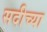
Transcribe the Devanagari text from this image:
सदीच्या